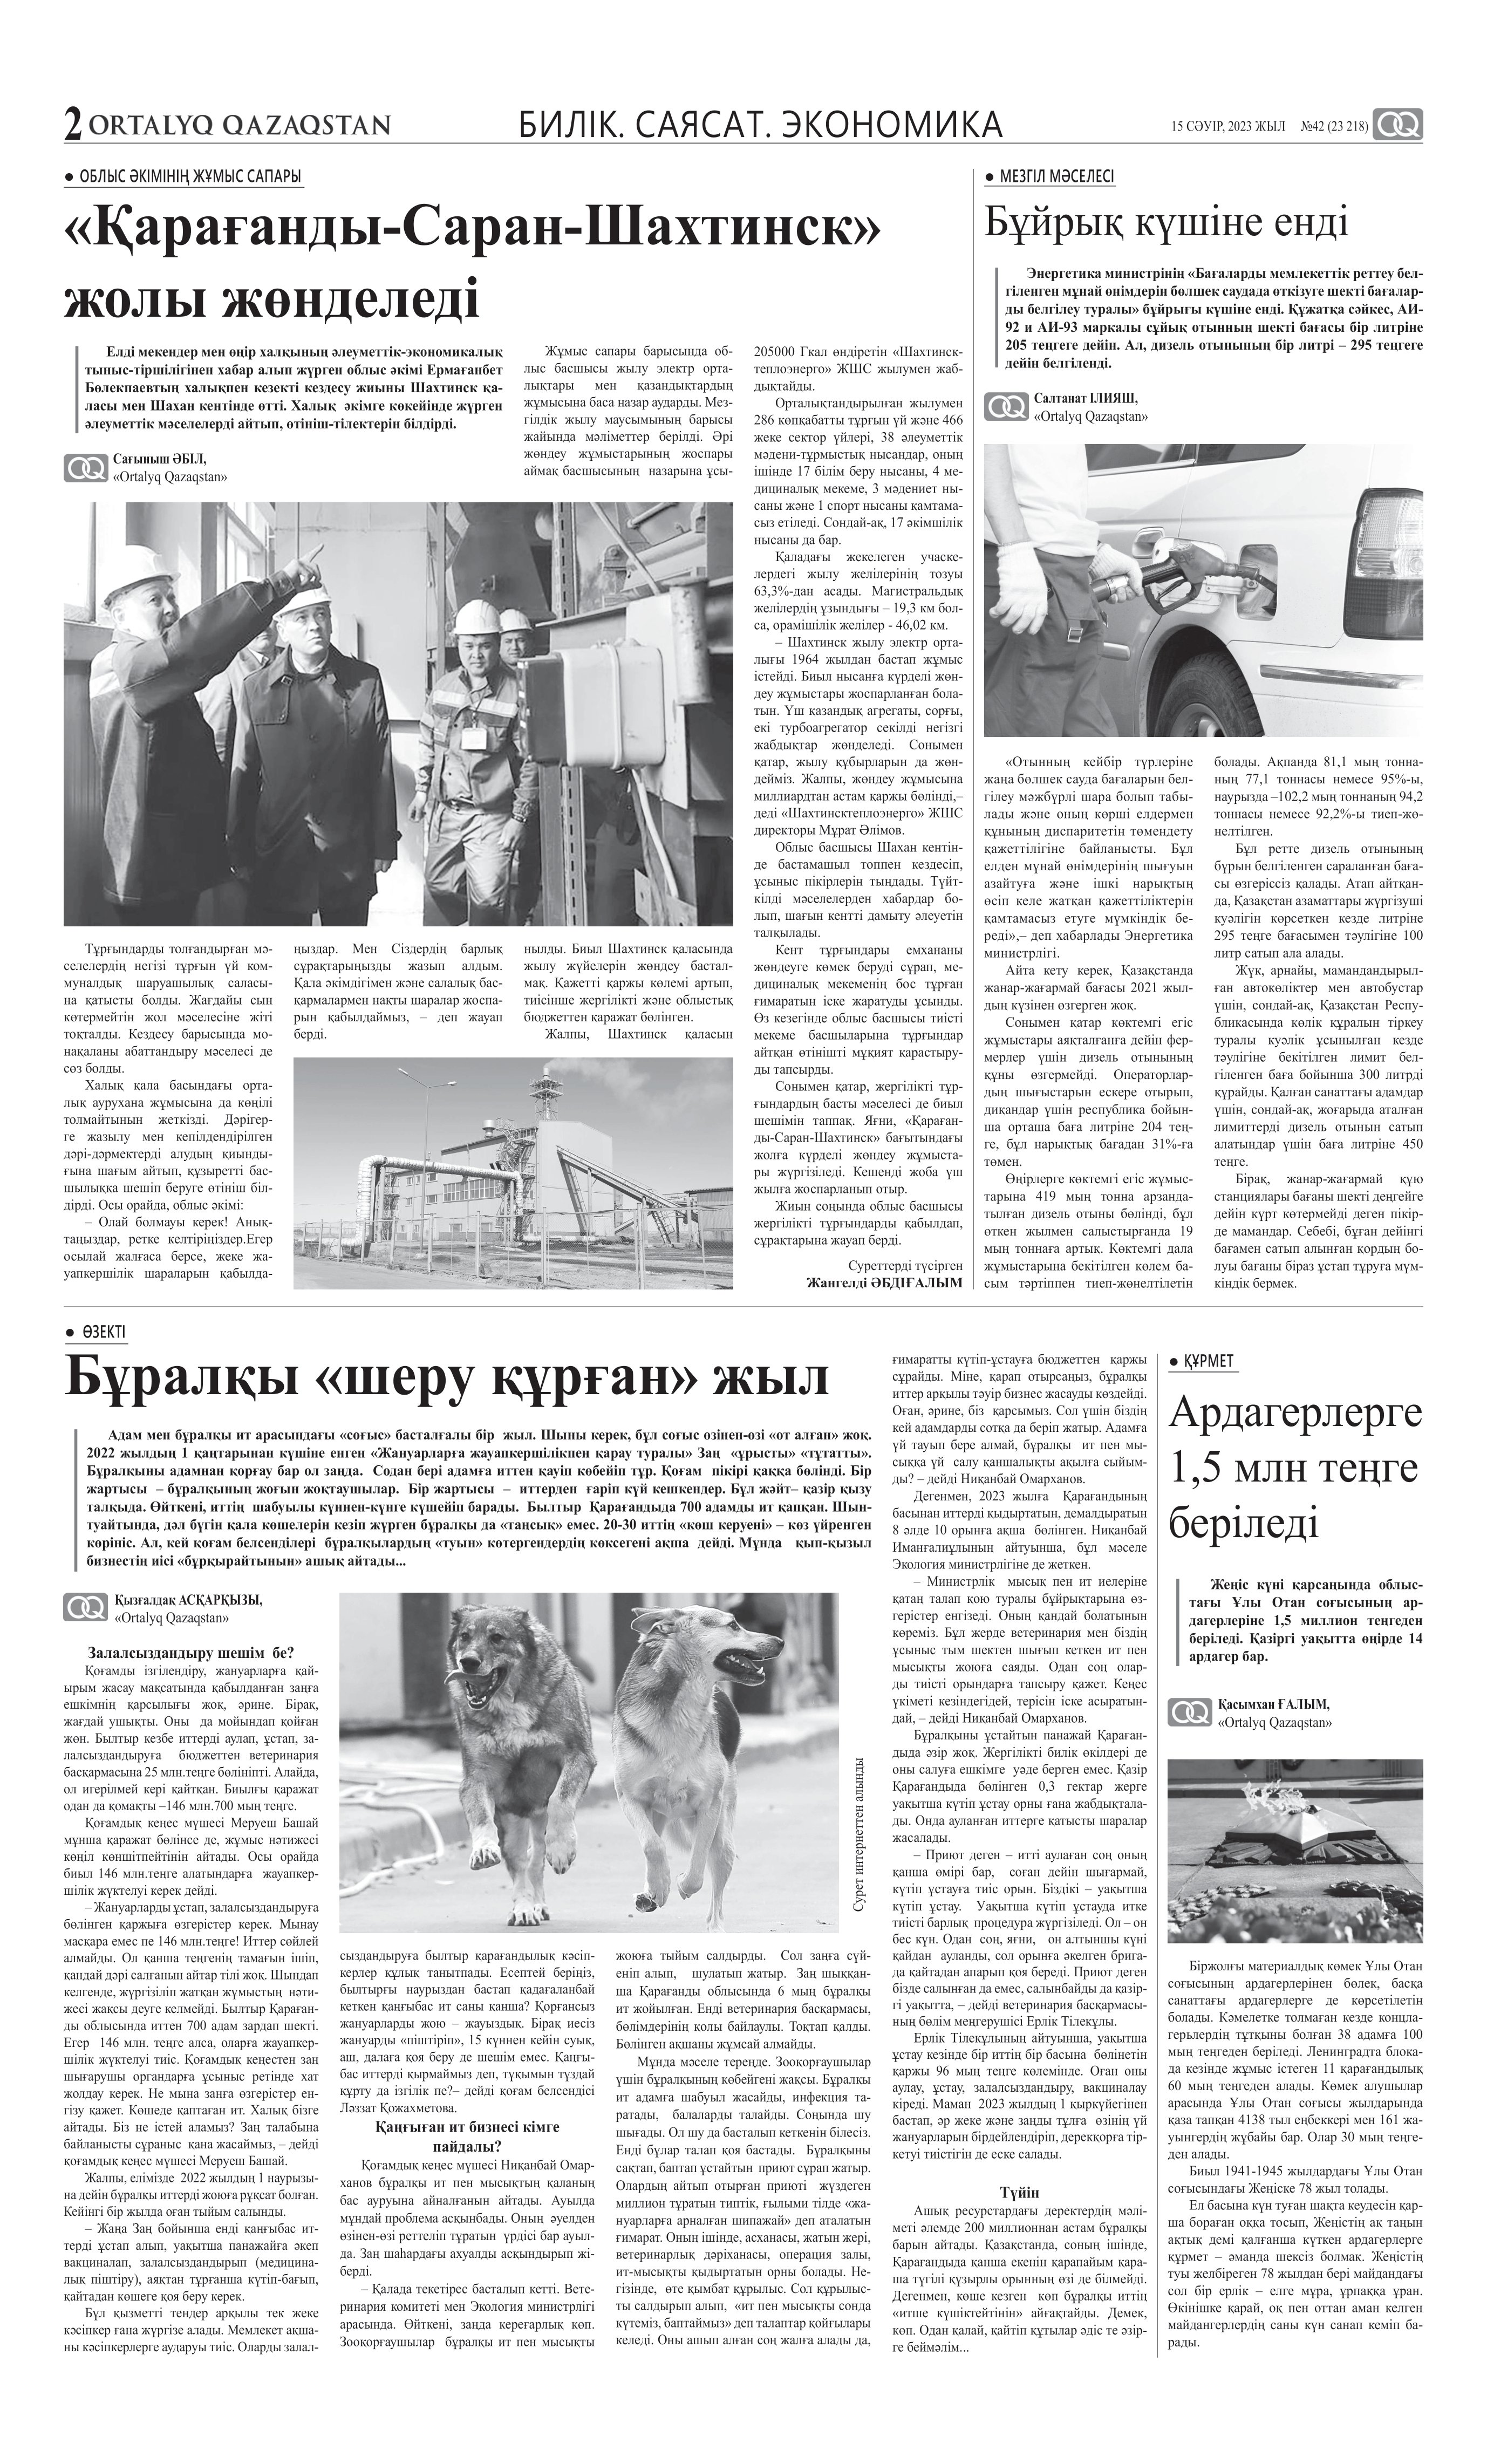
Language: kk